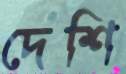
দেশি